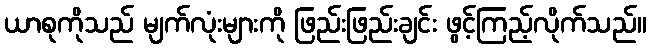
ယာစုကိုသည် မျက်လုံးများကို ဖြည်းဖြည်းချင်း ဖွင့်ကြည့်လိုက်သည်။